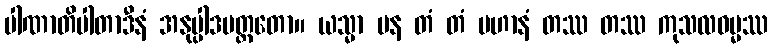
ပါဏာတိပါတာဒီနံ အနုပ္ပါဒမတ္တတော။ ယသ္မာ ပန တံ တံ ပဟာနံ တဿ တဿ ကုသလဓမ္မဿ